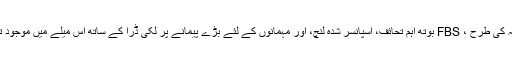
ہمیشہ کی طرح ، FBS بوتھ اہم تحائف، اسپانسر شدہ لنچ، اور مہمانوں کے لئے بڑے پیمانے پر لکی ڈرا کے ساتھ اس میلے میں موجود تھے۔